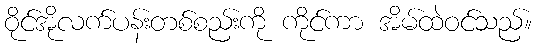
ဝိုင်အိုလက်ပန်းတစ်စည်းကို ကိုင်ကာ အိမ်ထဲဝင်သည်။